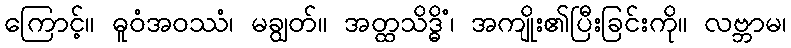
ကြောင့်။ ဓူဝံအဝဿံ၊ မချွတ်။ အတ္ထသိဒ္ဓိံ၊ အကျိုး၏ပြီးခြင်းကို။ လဗ္ဘာမ၊